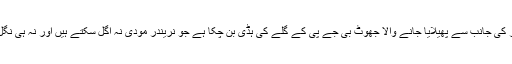
مودی سرکار کی جانب سے پھیلایا جانے والا جھوٹ بی جے پی کے گلے کی ہڈی بن چکا ہے جو نریندر مودی نہ اگل سکتے ہیں اور نہ ہی نگل سکتے ہیں۔